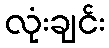
လုံးချင်း